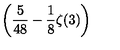
\displaystyle \left( \frac { 5 } { 4 8 } - \frac { 1 } { 8 } \zeta ( 3 ) \right)